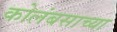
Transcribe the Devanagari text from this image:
कोलंबसाच्या